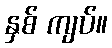
နှစ် ကျပ်။